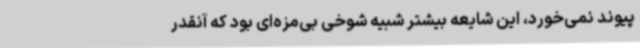
پیوند نمی‌خورد، این شایعه بیشتر شبیه شوخی بی‌مزه‌ای بود که آنقدر